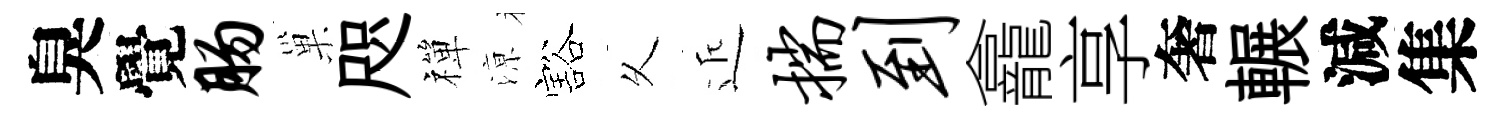
臭覺肠巢咫禪鿌豁乆近揣到龕享奢輾減集